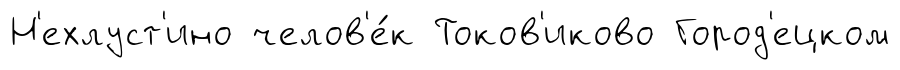
Н'ехлуст'ино челов'е́к Токов'иково Город'ецком